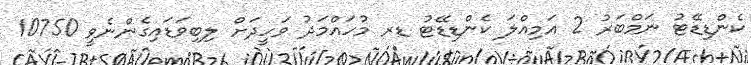
ކެންޑިޑޭޓު ނަމްބަރު 2 އަމިއްލަ ކެންޑިޑޭޓު ޑރ މުހައްމަދު ވަހީދަށް ލިބިވަޑައިގެންނެވީ 10750